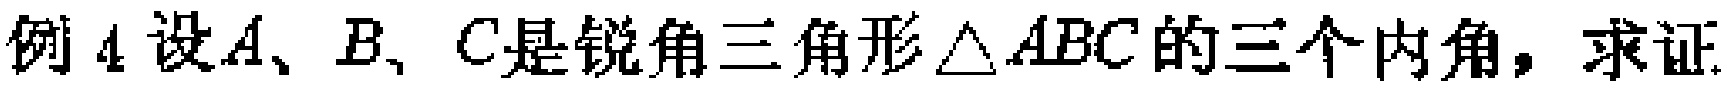
例4 设\(A、B、C\)是锐角三角形\(\triangle ABC\)的三个内角，求证